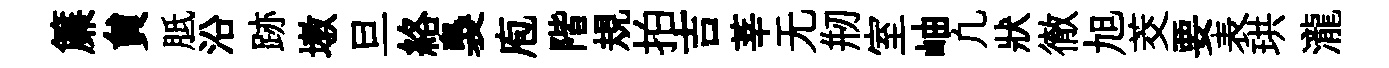
簾貟胝沿跡墩旦絡裊庖階規拍吉莘无剏室岫凢狀徹旭茭要表珙瀧